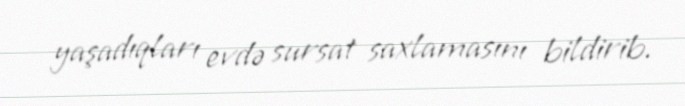
yaşadıqları evdə sursat saxlamasını bildirib.